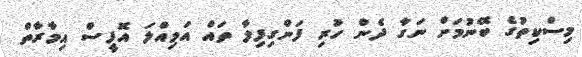
މިސްކިތުގެ ބޭނުމަށް ނަގާ ދެން ހުރި ފަންގިފިލާ ތައް އަމިއްލަ އޮފީސް އިމާރާތް